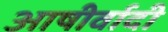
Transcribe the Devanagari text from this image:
आषीर्वादी